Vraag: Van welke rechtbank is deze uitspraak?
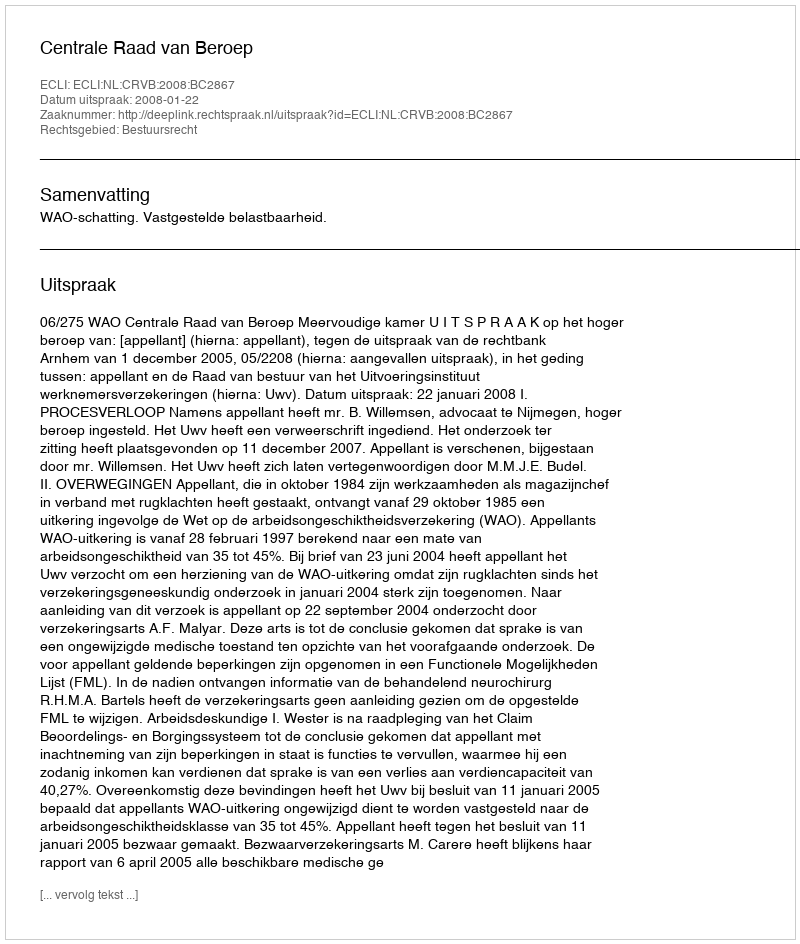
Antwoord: Centrale Raad van Beroep